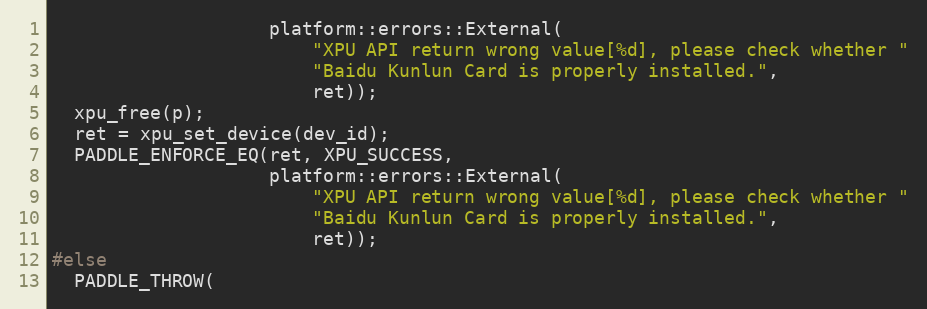
Language: C++
                    platform::errors::External(
                        "XPU API return wrong value[%d], please check whether "
                        "Baidu Kunlun Card is properly installed.",
                        ret));
  xpu_free(p);
  ret = xpu_set_device(dev_id);
  PADDLE_ENFORCE_EQ(ret, XPU_SUCCESS,
                    platform::errors::External(
                        "XPU API return wrong value[%d], please check whether "
                        "Baidu Kunlun Card is properly installed.",
                        ret));
#else
  PADDLE_THROW(